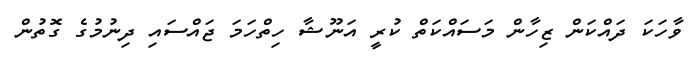
ވާހަކަ ދައްކަން ޒިހާން މަސައްކަތް ކުރީ އަނޫޝާ ހިތްހަމަ ޖައްސައި ދިނުމުގެ ގޮތުން